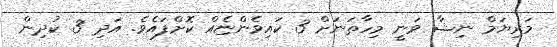
މަރިޔަމް ނިޝާ ވަނީ މިހާތަނަށް 3 ކައިވެންޏެއް ކޮށްފައެވެ. އަދި 3 ކުދިން